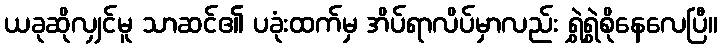
ယခုဆိုလျှင်မူ သာဆင်၏ ပခုံးထက်မှ အိပ်ရာလိပ်မှာလည်း ရွှဲရွှဲစိုနေလေပြီ။